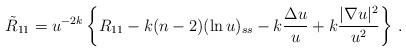
LaTeX: \begin{align*} \tilde{R}_{11}=u^{-2k}\left\lbrace R_{11}- k(n-2)(\ln u)_{ss}- k \frac{\Delta u}{u}+ k\frac{\vert\nabla u\vert^2}{u^2} \right\rbrace \, .\end{align*}